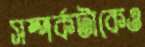
সম্পর্কটাকেও